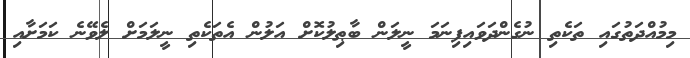
މިމުއްދަތުގައި ތަކެތި ނުގެންދަވައިފިނަމަ ނީލަން ބާޠިލުކޮށް އަލުން އެތަކެތި ނީލަމަށް ލެވޭނެ ކަމަށާއި